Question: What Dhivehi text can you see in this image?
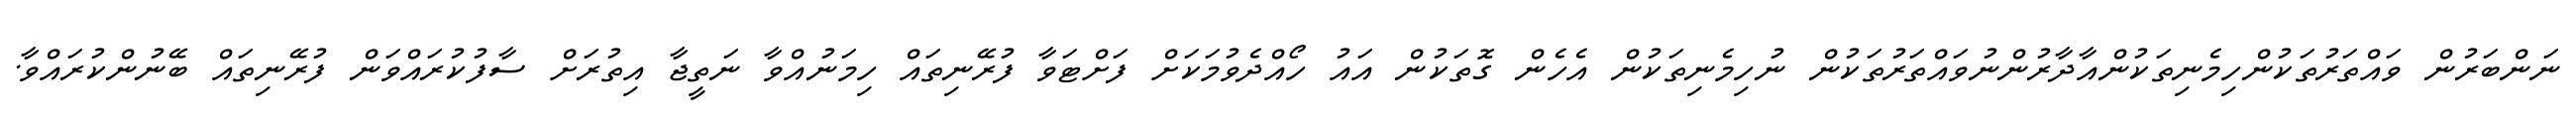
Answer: ނަންބަރުން ވައްތަރުތަކުންހިމެނިތަކުންއާދާރުންނުވައްތަރުތަކުން ނުހިމެނިތަކުން އެހެން ގޮތަކުން އައު ހޯއްދެވުމަކަށް ފަށްޓަވާ ފުރޭނިތައް ހިމަނުއްވާ ނަތީޖާ އިތުރަށް ސާފުކުރައްވަން ފުރޭނިތައް ބޭނުންކުރައްވާ.